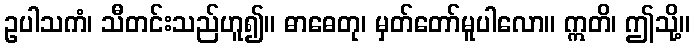
ဥပါသကံ၊ သီတင်းသည်ဟူ၍။ ဓာဓေတု၊ မှတ်တော်မူပါလော။ ဣတိ၊ ဤသို့။